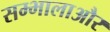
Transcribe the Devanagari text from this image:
सम्भालाऔर